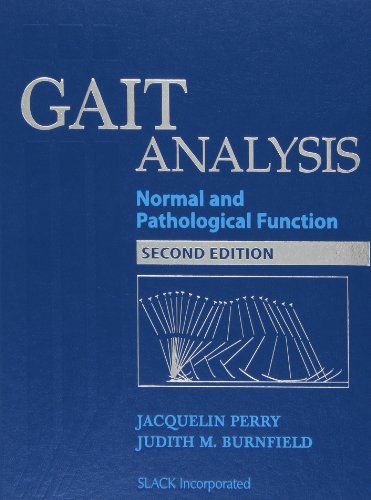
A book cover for Gait Analysis: Normal and Pathological Function; Jacquelin Perry MD; Health, Fitness & Dieting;